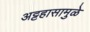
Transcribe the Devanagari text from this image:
अट्टहासामुळे